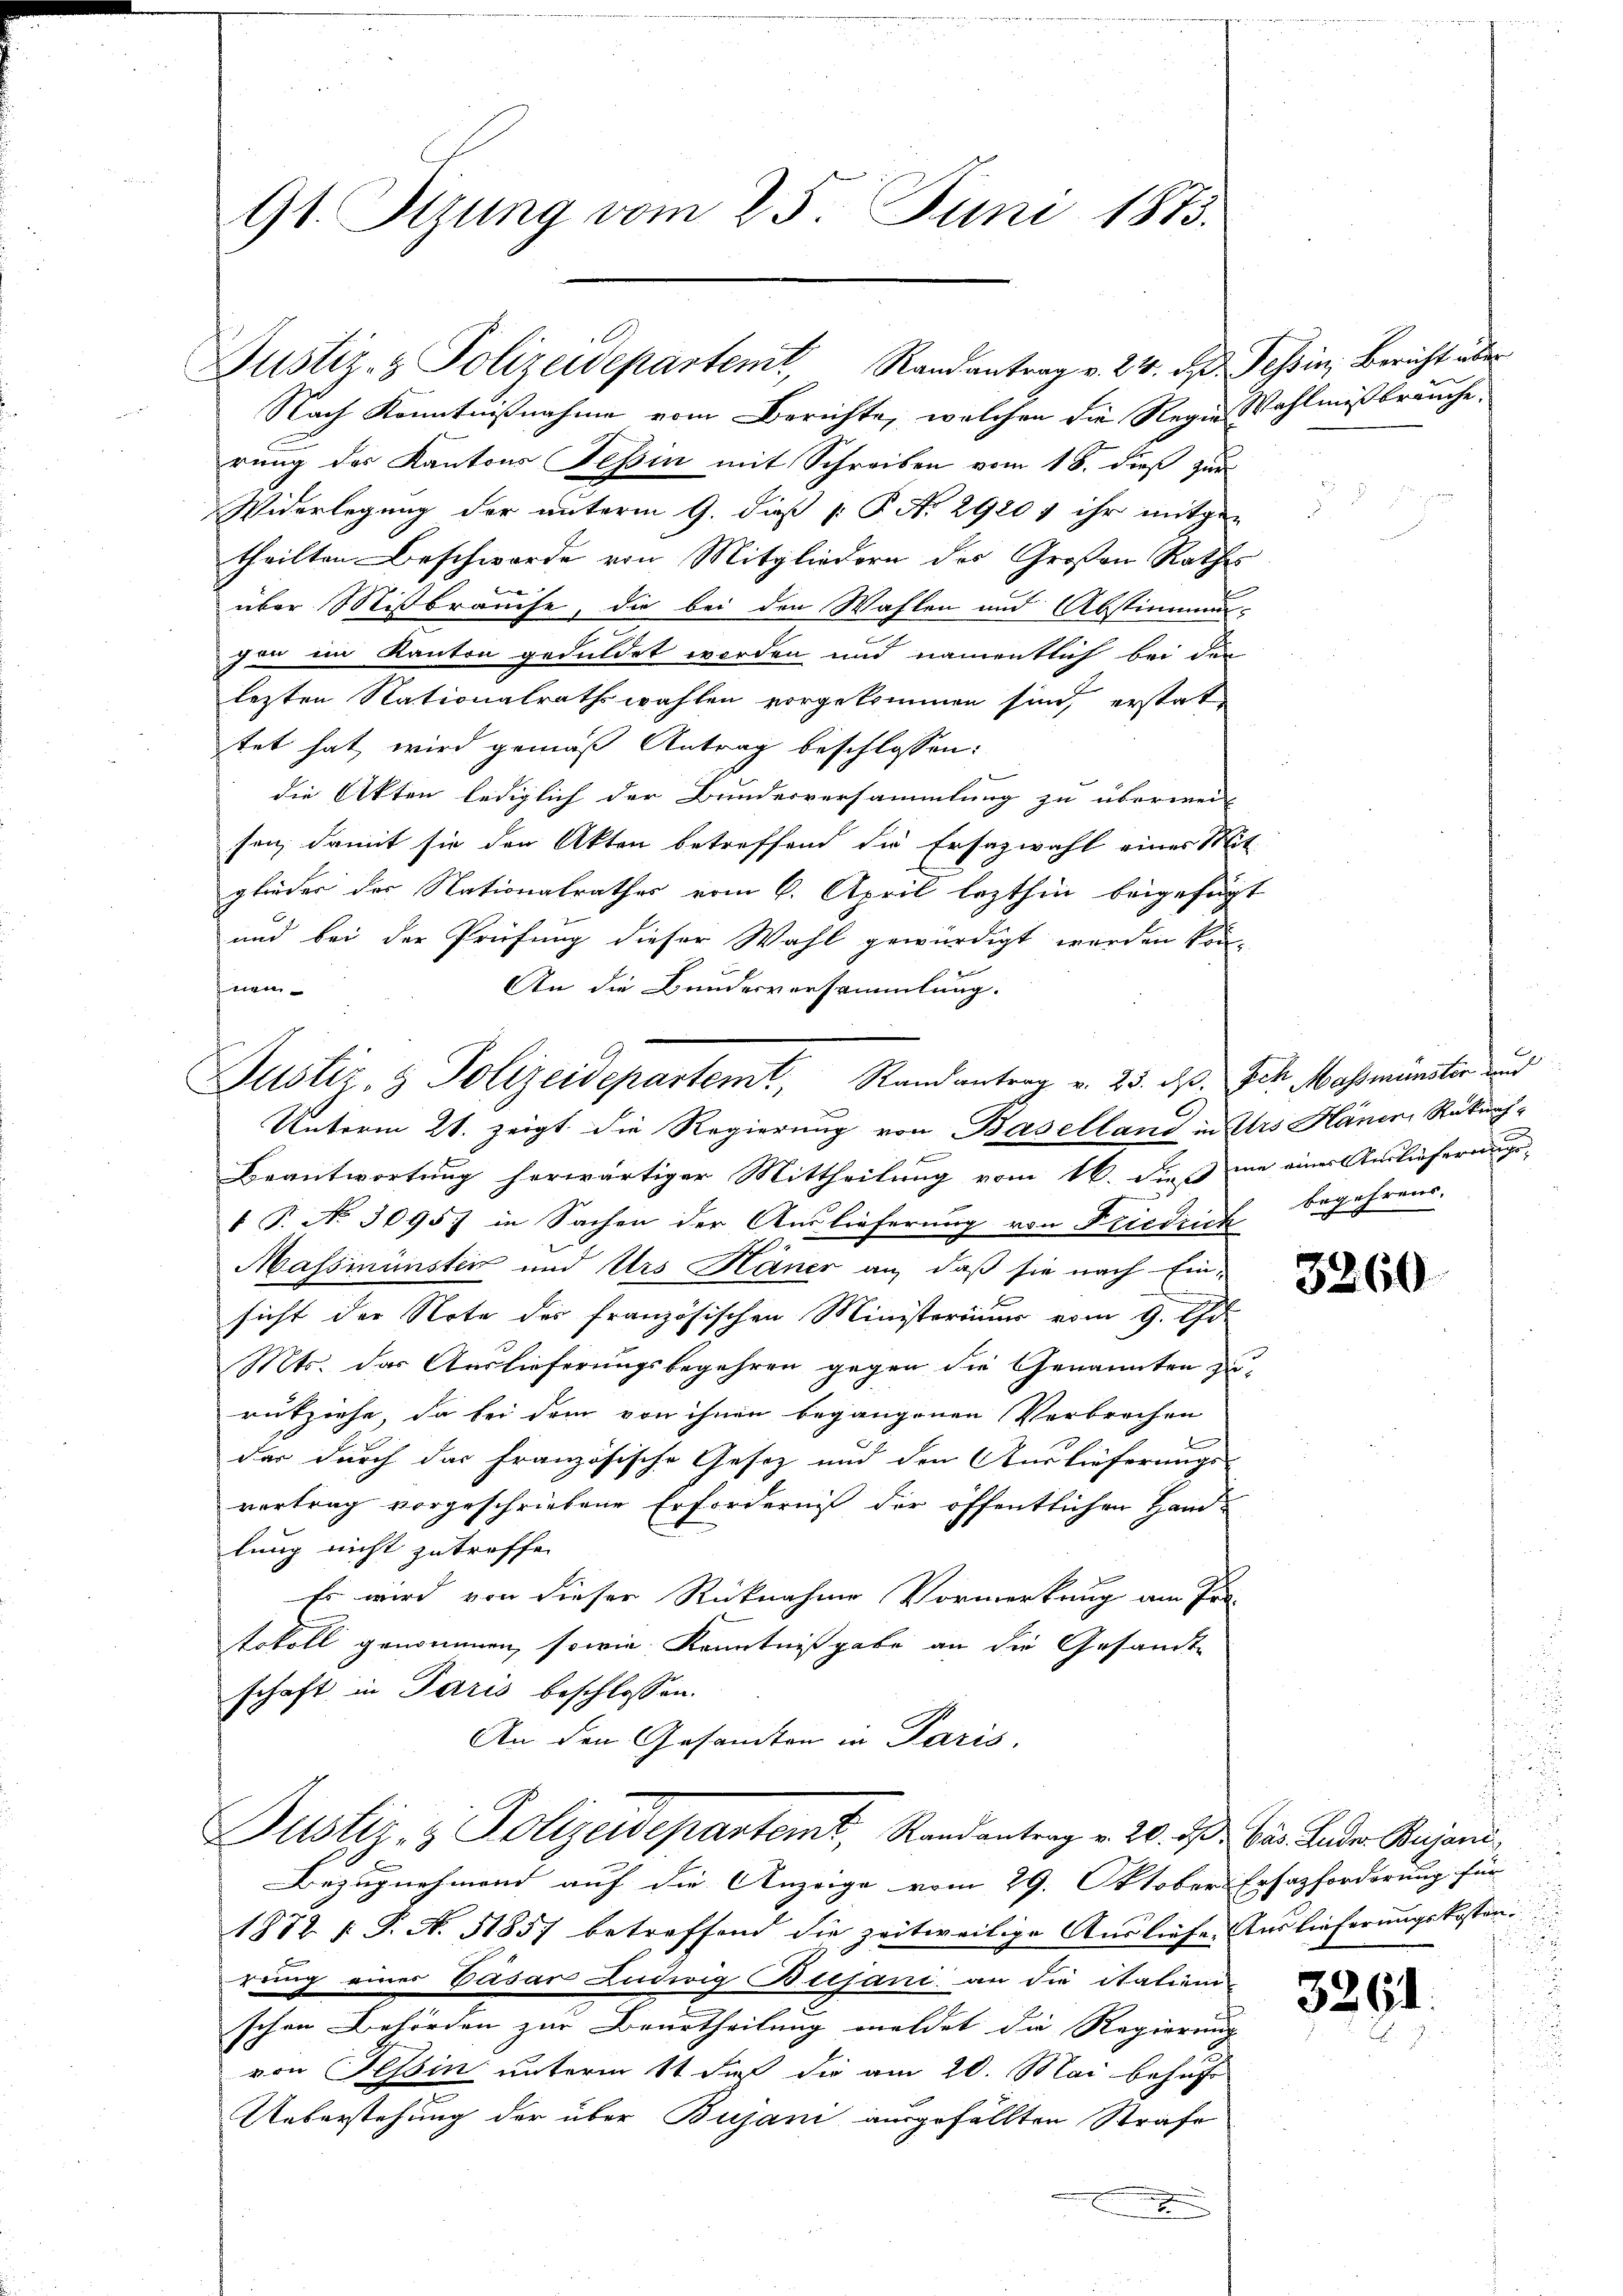
91. Sizung vom 25. Juni 1873.

Justiz- & Polizeidepartemt, Randantrag v. 24. d. d. Tessin, Bericht über

Nach Kenntnißnahme vom Berichte, welchen die Regie Wahlmißbräuche,
rung des Kantons Tessin mit Schreiben vom 18. dieß zur
Widerlegung der unterm 9. dieß P. No 29207 ihr mitge-
theilten Beschwerde von Mitgliedern des Großen Rathes
über Mißbrauche, die bei den Wahlen und Abstimmungen im Kanton geduldet werden und namentlich bei der
lezten Nationalrathswahlen vorgekommen sind, erstat
tet hat wird gemäß Antrag beschlossen:
die Akten lediglich der Bundesversammlung zu überweis
sen, damit sie den Akten betreffend die Ersazwahl einer Mit
glieder der Nationalrathes vom 6. April lezthin beigefüg¬
und bei der Prüfung dieser Wahl gewürdigt werden kön-
An die Bundesversammlung.
zuen
Unterm 21. zeigt die Regierung von Baselland in Urs Hänen Rekurs-
Beantwortung herwärtiger Mittheilung vom 16. Dieß wie einer Auslieferungs¬
1 P. No 3095 in Sachen der Auslieferung von Friedrich
Massininsten und Urs Häner an, daß sie nach Einsicht der Note der französischen Ministerium vom 9. Ge-
Mts. das Auslieferungsbegehren gegen die Genannten zurukziehe, da bei dem von ihnen begangenen Verbrechen
der durch das französische Gesetz und den Auslieferungs-
vertrag vorgeschriebene Erforderniß der öffentlichen Handlung nicht zutreffe.
Es wird von dieser Rücknahme Vormerkung am Pro-
tokoll genommen, sowie Kenntnißgabe an die Gesandte
schaft in Paris beschlossen:
An den Gesamten in Paris.
Justiz- & Polizeidepartemt, Randantrag v. 20. ds. Das Leder Pujani
Bezugnehmend auf die Anzeige vom 29. Oktober Ersatzforderung für
1872 f. P. N. 51857 betreffend die zeitweilige Ausliefe. Auslieferungskosten.
rung einer Vasar Ludwig Bresani an die italien-
schen Behörden zur Beurtheilung meldet die Regierung
von Tessin unterm 1t daß die am 20. Mai behufe
Ueberstehung der über Busani ausgefällten Strafe
x

Justiz- & Polizeidepartemt, Randantrag v. 235. ds. Ich Mossmünster und

begehrens.

3260

u

3261.